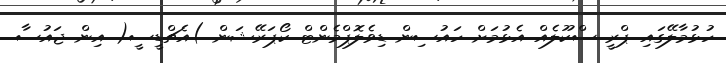
ހުޅުމާލޭގައި ޕްރީ ސްކޫލެއް އެޅުމަށް ހައުސިން ޑިވެލޮޕްމެންޓް ކޯޕަރޭޝަން )އެޗްޑީސީ( އިން ޖައުސާ